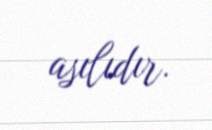
asılıdır.